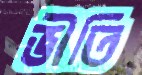
ভীতি